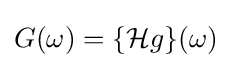
G(\omega )=\{{\mathcal {H}}g\}(\omega )